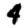
Digit: 4